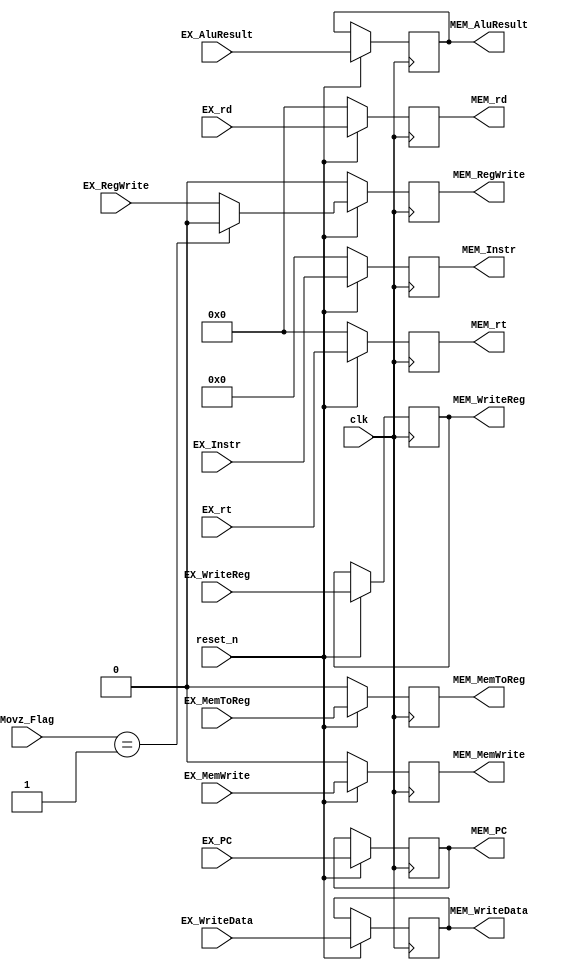
module EX_MEM_Reg(
    input clk,
    input reset_n,

    input [31:0]EX_Instr, // signal for debug
    output reg [31:0] MEM_Instr,

    input EX_RegWrite,
    input EX_MemToReg,
    input EX_MemWrite,
    input [4:0] EX_WriteReg,
    input [31:0] EX_WriteData,
    input [31:0] EX_AluResult,

    input [1:0] Movz_Flag,

    //rd
    input [4:0] EX_rd,
    input [4:0] EX_rt,
    output reg [4:0] MEM_rt,
    output reg [4:0] MEM_rd,
    // 

    input [31:0] EX_PC,
    output reg [31:0] MEM_PC,

    output reg MEM_RegWrite,
    output reg MEM_MemToReg,
    output reg MEM_MemWrite,
    output reg [4:0] MEM_WriteReg,
    output reg [31:0] MEM_WriteData,
    output reg [31:0] MEM_AluResult
    );

    always @(posedge clk) begin
        if (!reset_n) begin
            MEM_RegWrite <= 0;
            MEM_MemToReg <= 0;
            MEM_MemWrite <= 0;

            //rs rt rd
            MEM_rt <= 0;
            MEM_rd <= 0;

            MEM_Instr <= 0;
        end
        else begin
            MEM_RegWrite <=  Movz_Flag == 2'b01 ? 0 : EX_RegWrite; // 注意：MOVZ指令当[rt] != 0时，不对寄存器rd进行任何写回操作。

            MEM_MemToReg <= EX_MemToReg;
            MEM_MemWrite <= EX_MemWrite;
            MEM_WriteReg <= EX_WriteReg;
            MEM_WriteData <= EX_WriteData;
            MEM_AluResult <= EX_AluResult;

            // rd rt
            MEM_rd <= EX_rd;
            MEM_rt <= EX_rt;

            MEM_Instr <= EX_Instr;

            MEM_PC <= EX_PC;
        end
    end
endmodule